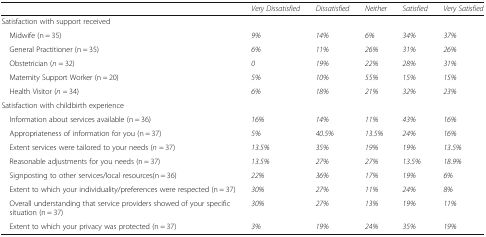
<table><thead><tr><td></td><td><b><i>Very Dissatisfied</i></b></td><td><b><i>Dissatisfied</i></b></td><td><b><i>Neither</i></b></td><td><b><i>Satisfied</i></b></td><td><b><i>Very Satisfied</i></b></td></tr></thead><tbody><tr><td colspan="6">Satisfaction with support received</td></tr><tr><td> Midwife (n = 35)</td><td><i>9%</i></td><td><i>14%</i></td><td><i>6%</i></td><td><i>34%</i></td><td><i>37%</i></td></tr><tr><td> General Practitioner (n = 35)</td><td><i>6%</i></td><td><i>11%</i></td><td><i>26%</i></td><td><i>31%</i></td><td><i>26%</i></td></tr><tr><td> Obstetrician (<i>n</i> = 32)</td><td><i>0</i></td><td><i>19%</i></td><td><i>22%</i></td><td><i>28%</i></td><td><i>31%</i></td></tr><tr><td> Maternity Support Worker (n = 20)</td><td><i>5%</i></td><td><i>10%</i></td><td><i>55%</i></td><td><i>15%</i></td><td><i>15%</i></td></tr><tr><td> Health Visitor (<i>n</i> = 34)</td><td><i>6%</i></td><td><i>18%</i></td><td><i>21%</i></td><td><i>32%</i></td><td><i>23%</i></td></tr><tr><td colspan="6">Satisfaction with childbirth experience</td></tr><tr><td> Information about services available (n = 36)</td><td><i>16%</i></td><td><i>14%</i></td><td><i>11%</i></td><td><i>43%</i></td><td><i>16%</i></td></tr><tr><td> Appropriateness of information for you (n = 37)</td><td><i>5%</i></td><td><i>40.5%</i></td><td><i>13.5%</i></td><td><i>24%</i></td><td><i>16%</i></td></tr><tr><td> Extent services were tailored to your needs (<i>n</i> = 37)</td><td><i>13.5%</i></td><td><i>35%</i></td><td><i>19%</i></td><td><i>19%</i></td><td><i>13.5%</i></td></tr><tr><td> Reasonable adjustments for you needs (n = 37)</td><td><i>13.5%</i></td><td><i>27%</i></td><td><i>27%</i></td><td><i>13.5%</i></td><td><i>18.9%</i></td></tr><tr><td> Signposting to other services/local resources(n = 36)</td><td><i>22%</i></td><td><i>36%</i></td><td><i>17%</i></td><td><i>19%</i></td><td><i>6%</i></td></tr><tr><td> Extent to which your individuality/preferences were respected (n = 37)</td><td><i>30%</i></td><td><i>27%</i></td><td><i>11%</i></td><td><i>24%</i></td><td><i>8%</i></td></tr><tr><td> Overall understanding that service providers showed of your specific situation (n = 37)</td><td><i>30%</i></td><td><i>27%</i></td><td><i>13%</i></td><td><i>19%</i></td><td><i>11%</i></td></tr><tr><td> Extent to which your privacy was protected (n = 37)</td><td><i>3%</i></td><td><i>19%</i></td><td><i>24%</i></td><td><i>35%</i></td><td><i>19%</i></td></tr></tbody></table>